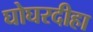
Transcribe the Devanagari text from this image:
घोघरदीहा